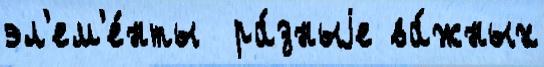
эл'ем'е́нты  ра́зныjе ва́жных